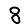
Digit: 8